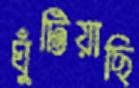
ঘুঁটিয়াছি